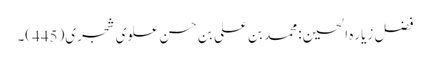
فضل زیاره الحسین: محمد بن علی بن حسن علوی شجری(445)۔